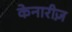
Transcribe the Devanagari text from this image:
केनारीज़